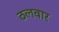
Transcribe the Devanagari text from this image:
ठलवार